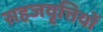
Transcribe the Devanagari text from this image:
सहजवृत्तियों